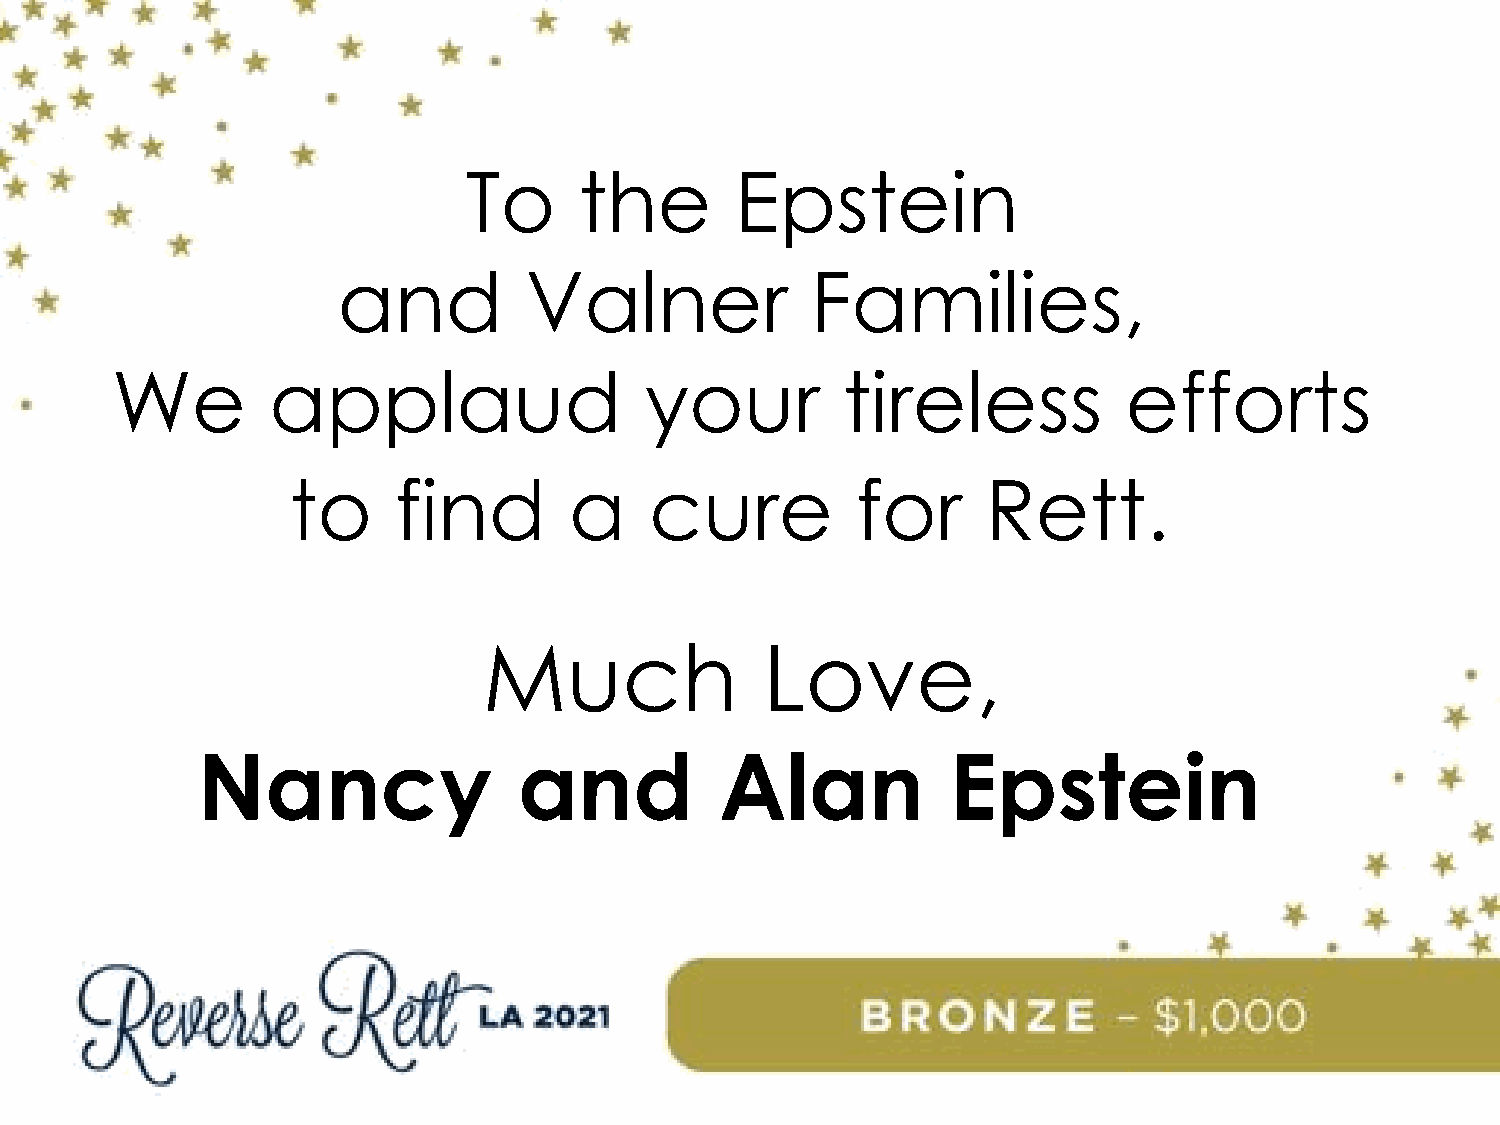
To     the        Epstein
 and          Valner             Families,
 We         applaud                  your         tireless           efforts
 to     find        a    cure          for     Rett.
 Much               Love,
 Nancy                and           Alan           Epstein